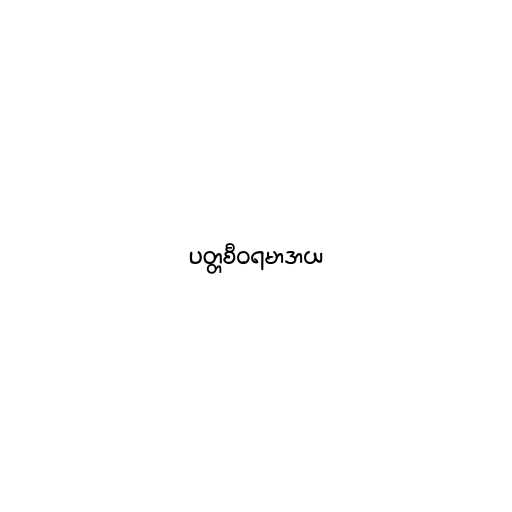
ပတ္တစီဝရမာဒာယ